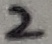
Text: 2